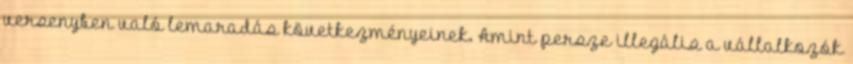
versenyben való lemaradás következményeinek. Amint persze illegális a vállalkozók